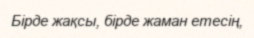
Бірде жақсы, бірде жаман етесің,